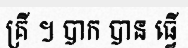
គ្រី ។ បាក បាន ធ្វើ